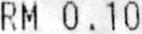
RM 0.10